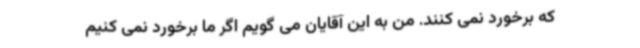
که برخورد نمی کنند. من به این آقایان می گویم اگر ما برخورد نمی کنیم